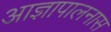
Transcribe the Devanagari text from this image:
आज्ञापालनास